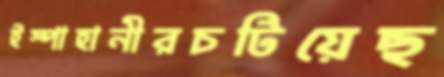
ইস্পাহানীরচটিয়েছ